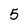
Character: 5